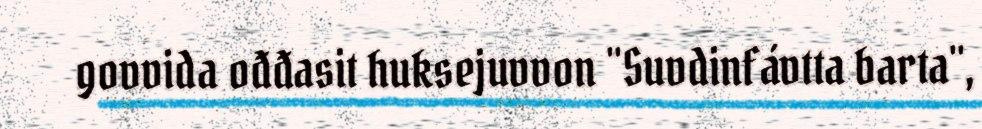
govvida ođđasit huksejuvvon "Suvdinfávtta barta",